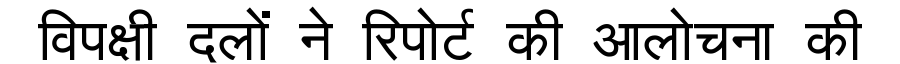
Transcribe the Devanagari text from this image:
विपक्षी दलों ने रिपोर्ट की आलोचना की